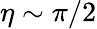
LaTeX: \eta\sim\pi/2